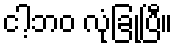
ငါ့ဘဝ လုံခြုံပြီ။